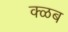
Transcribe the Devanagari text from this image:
क्ळब